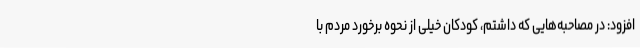
افزود: در مصاحبه‌هایی که داشتم، کودکان خیلی از نحوه برخورد مردم با